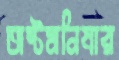
অষ্টমনিষার